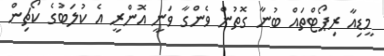
މީޑިއާ ރިޕޯޓްތައް ބުނާ ގޮތުން ވެންގާ ވަނީ އޮންރީ އެ ކުލަބުގެ ކޯޗިން